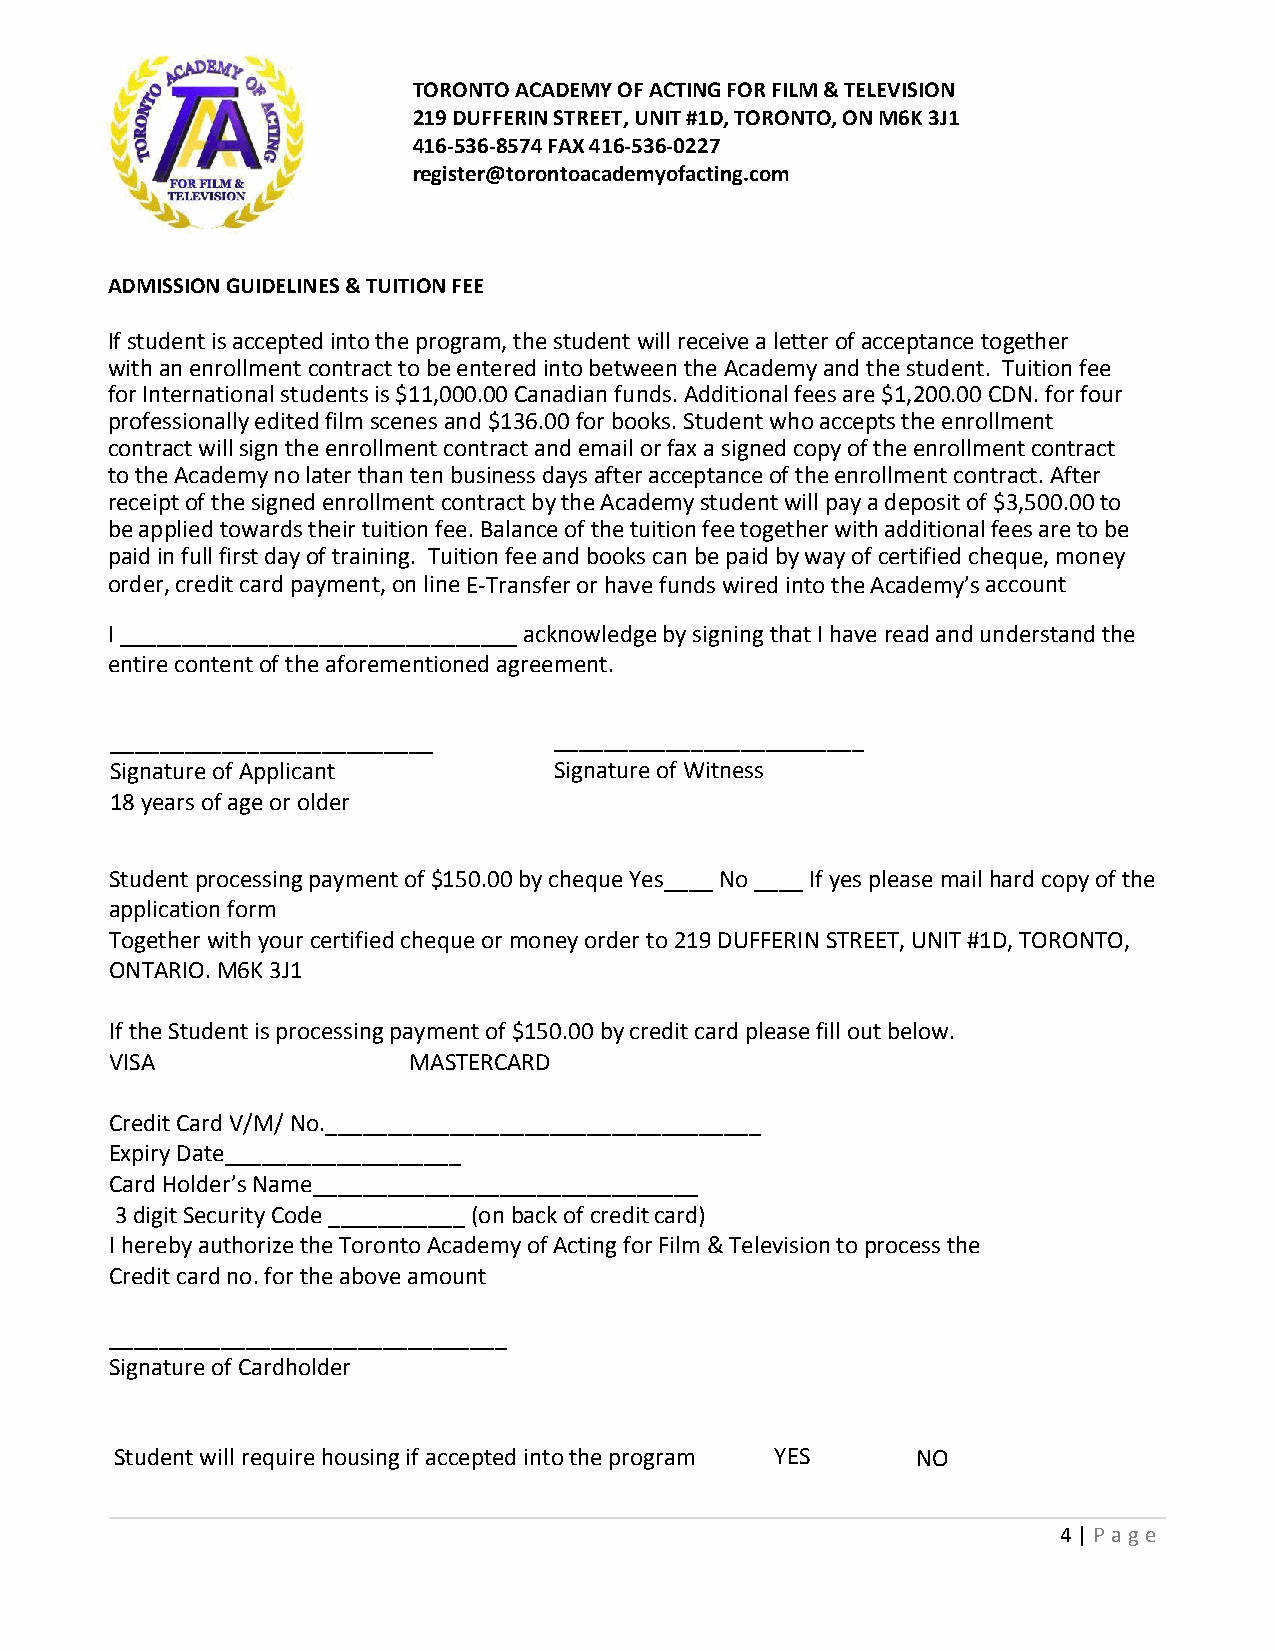
TORONTO ACADEMY OF ACTING FOR FILM & TELEVISION
 219 DUFFERIN STREET, UNIT #1D, TORONTO, ON M6K 3J1
 416-536-8574 FAX 416-536-0227
 register@torontoacademyofacting.com
 ADMISSION GUIDELINES & TUITION FEE
 If student is accepted into the program, the student will receive a letter of acceptance together
 with an enrollment contract to be entered into between the Academy and the student. Tuition fee
 for International students is $11,000.00 Canadian funds. Additional fees are $1,200.00 CDN. for four
 professionally edited film scenes and $136.00 for books. Student who accepts the enrollment
 contract will sign the enrollment contract and email or fax a signed copy of the enrollment contract
 to the Academy no later than ten business days after acceptance of the enrollment contract. After
 receipt of the signed enrollment contract by the Academy student will pay a deposit of $3,500.00 to
 be applied towards their tuition fee. Balance of the tuition fee together with additional fees are to be
 paid in full first day of training. Tuition fee and books can be paid by way of certified cheque, money
 order, credit card payment, on line E-Transfer or have funds wired into the Academy’s account
 I ________________________________ acknowledge by signing that I have read and understand the
 entire content of the aforementioned agreement.
 __________________________    _________________________
 Signature of Applicant        Signature of Witness
 18 years of age or older
 Student processing payment of $150.00 by cheque Yes____ No ____ If yes please mail hard copy of the
 application form
 Together with your certified cheque or money order to 219 DUFFERIN STREET, UNIT #1D, TORONTO,
 ONTARIO. M6K 3J1
 If the Student is processing payment of $150.00 by credit card please fill out below.
 VISA                MASTERCARD
 Credit Card V/M/ No.___________________________________
 Expiry Date___________________
 Card Holder’s Name_______________________________
 3 digit Security Code ___________ (on back of credit card)
 I hereby authorize the Toronto Academy of Acting for Film & Television to process the
 Credit card no. for the above amount
 ________________________________
 Signature of Cardholder
 Student will require housing if accepted into the program YES NO
 4 | P age